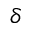
\delta